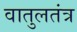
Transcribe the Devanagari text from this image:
वातुलतंत्र